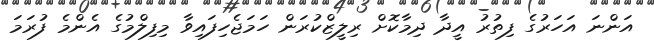
އަންނަ އަހަރުގެ ފިތުރު އީދާ ދިމާކޮށް ރިލީޒްކުރަން ހަމަޖެހިފައިވާ މިފިލްމުގެ އެންމެ ފުރަމަ